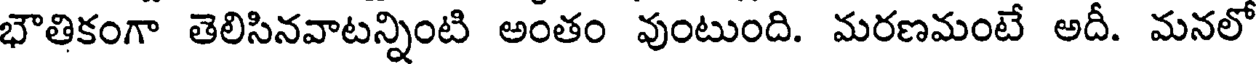
భౌతికంగా తెలిసినవాటన్నింటి అంతం వుంటుంది. మరణమంటే అదీ. మనలో